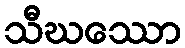
သီဃဿော